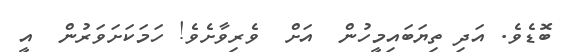
ބޮޑެވެ. އަދި ތިޔަބައިމީހުން  އަށް  ވެރިވާށެވެ! ހަމަކަށަވަރުން  އީ